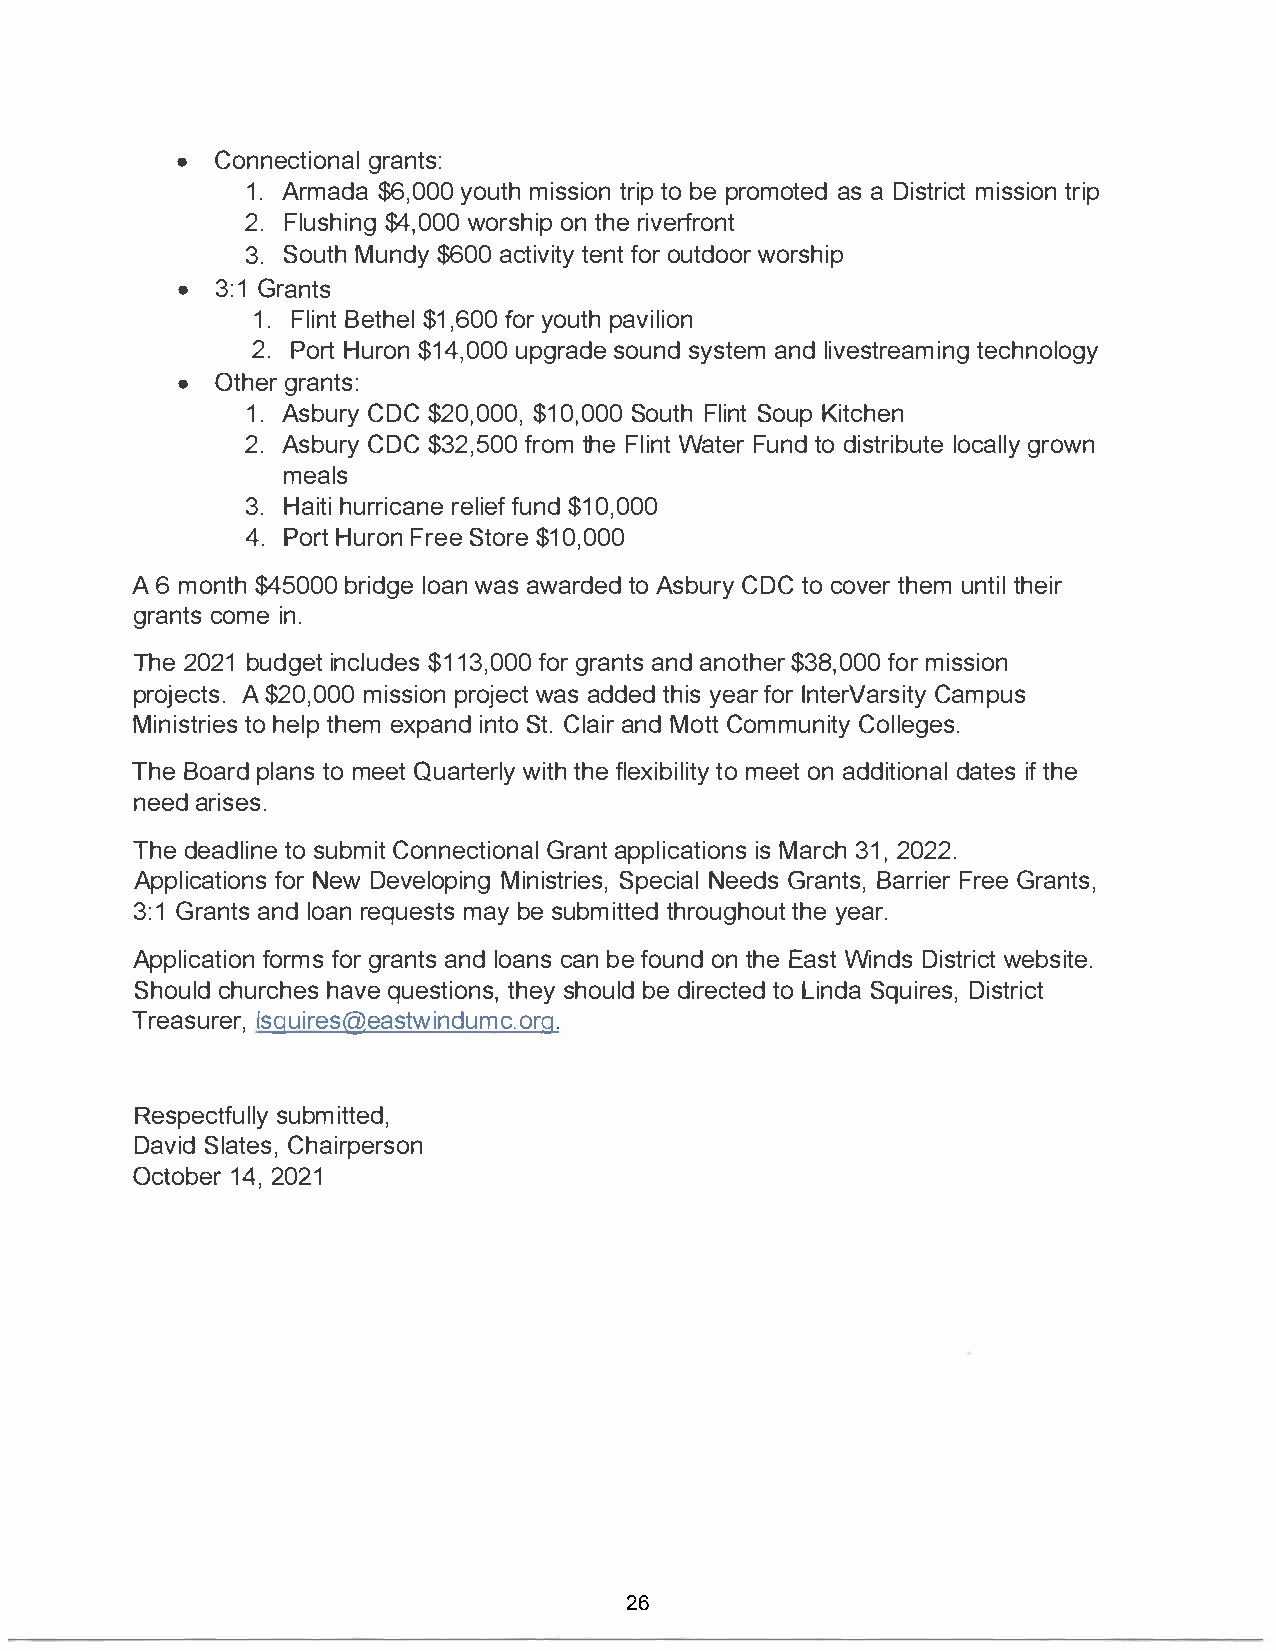
•   Connecgtriaonntasl:
 1.Arma$d6a,  0y0o0u mtihs stirotinobp e p romoatsae D di strictt rimpission
 2.Flush$i4n,g0w 0o0r sohnit phr ei verfront
 3.SouMtuhn  d$y6 0a0c titveifntotoyr u tdwooorrs hip
 •  3:G1r ants
 1.FliBnett h$e1l, 6f0oy0ro uptahv ilion
 2.PorHtu  ron   $u1p4g,r0sa0od0ue ns dy staenmld i vestrteeacmhinnogl ogy
 •  Othgerra nts:
 1.AsbuCrDyC$  20,0$0100,, S0o0u0Ft lhi SnotuK pi tchen
 2.AsbuCrDyC$  32,f5r0o0tm hF el iWnatt Feurn tdod istrliobcuagtlrelo yw n
 meals
 3.Haihtuir rircealfniueen $fd1 0,000
 4.Port     Huron$    1F0r,e0e0 0Store
 A  m6o nt$h4 50b0r0i dlgoeaw na sa wardteoAd s buCrDyCt oc ovtehre umn ttihle ir
 granctosmi en .
 The2 02b1u dgientc l$u1d1e3s, 0f0og0rr anatnasdn ot$h3e8r, f0o0mr0i ssion
 projeAc$  t2s0., m0i0s0s piroonjw eacsat d detdhy iesa frol rn terVCaarmspiutsy
 Ministtohr eiltephs e emx painndSt toC. l aainrMd otCto mmunCiotlyl eges.
 TheB oaprlda tnoms e eQtu artweirttlhhyf e l exitbomi eleoitnta yd ditdiaotnieatfslh e
 neeadr  ises.
 Thed eadltiosn ueb mCiotn nectGiroaannpatpl l iciasMta iroc3nh1s2 , 0 22.
 ApplicfaotNrie owDn esv eloping   MinistriesB,a      rSrFpireeeGcreri aanlt sN,e eds Grants,
 3:G1r anatnsld o arne quemsatybs es ubmitthtreodu gthhyoeeu atr .
 Applicfaotrfimoosgrn r anatnsld o acnasbn e f ouonndt hEea sWti ndDsi stwreibcsti te.
 Shouclhdu  rchhaevqseu esttihoensyhs o,u bledd i retcotL eindSd qau iDriesst,r ict
 Treaslusriqerure ,esa @stinwducmo. r .g
 Respectfully          submitted,
 DavSilda  tCehsa,i rperson
 Octo1b4e2,r0 21
 26